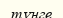
түнге